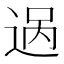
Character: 𬨨